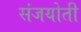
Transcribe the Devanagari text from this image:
संजयोती